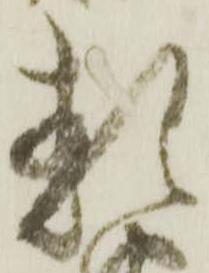
類